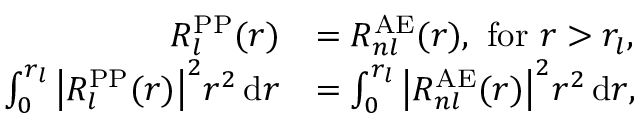
{ \begin{array} { r l } { R _ { l } ^ { \mathrm { P P } } ( r ) } & { = R _ { n l } ^ { \mathrm { A E } } ( r ) , { \mathrm { ~ f o r ~ } } r > r _ { l } , } \\ { \int _ { 0 } ^ { r _ { l } } { \big | } R _ { l } ^ { \mathrm { P P } } ( r ) { \big | } ^ { 2 } r ^ { 2 } \, \mathrm { d } r } & { = \int _ { 0 } ^ { r _ { l } } { \big | } R _ { n l } ^ { \mathrm { A E } } ( r ) { \big | } ^ { 2 } r ^ { 2 } \, \mathrm { d } r , } \end{array} }